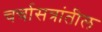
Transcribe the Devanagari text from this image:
चर्चासत्रांतील